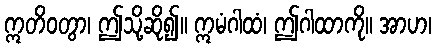
ဣတိဝတွာ၊ ဤသို့ဆို၍။ ဣမံဂါထံ၊ ဤဂါထာကို။ အာဟ၊